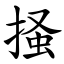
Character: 掻